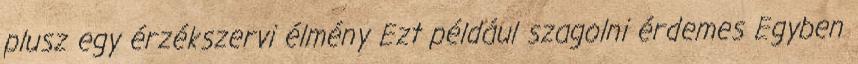
plusz egy érzékszervi élmény Ezt például szagolni érdemes Egyben